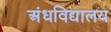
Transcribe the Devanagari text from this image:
अंधविद्यालय